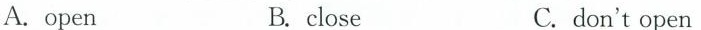
A.open B.close C.don't open